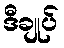
ဒီချုပ်